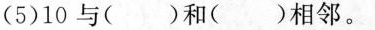
(5)10与()和()相邻。